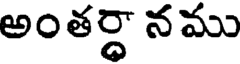
అంతర్ధా న ము